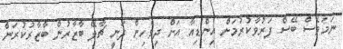
ނަމަވެސް ބޭސް ފަރުވާކުރުމަށް އިންޑިއާ އަށް ދިވެހިން ދަނީ ޗާލޭ ބާޒާރުން ބާޒާރުކުރަން